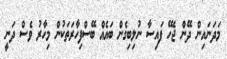
މަދަނައިން ދޭން ޖެހޭ ފައިސާ ނުލިބިގެން ބައެއް ބޭސްފިހާރަތަކުން މިހާރު ވެސް ދަނީ